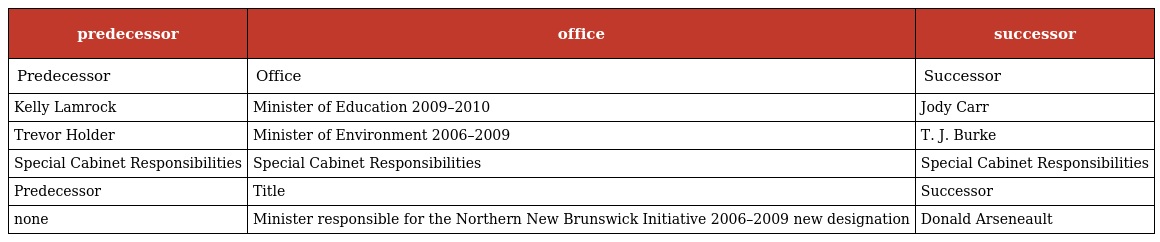
| predecessor | office | successor |
 | --- | --- | --- |
 | Predecessor | Office | Successor |
 | Kelly Lamrock | Minister of Education 2009–2010 | Jody Carr |
 | Trevor Holder | Minister of Environment 2006–2009 | T. J. Burke |
 | Special Cabinet Responsibilities | Special Cabinet Responsibilities | Special Cabinet Responsibilities |
 | Predecessor | Title | Successor |
 | none | Minister responsible for the Northern New Brunswick Initiative 2006–2009 new designation | Donald Arseneault |